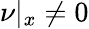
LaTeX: \nu|_{x}\neq 0